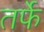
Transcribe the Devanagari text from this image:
तर्फेे